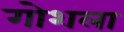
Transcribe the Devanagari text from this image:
गोशला